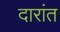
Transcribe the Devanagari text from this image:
दारांत